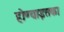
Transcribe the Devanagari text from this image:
होण्याइतका